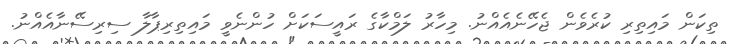
ތިކަން މައިތިރި ކުރެވެން ޖެހޭނެއެއްނު. މިހާރު ލަމްކާގެ ރައީސަކަށް ހުންނެވީ މައިތިރިޕާލާ ސިރިސޭނާއެއްނު.